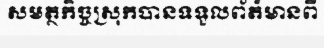
សមត្ថកិច្ចស្រុកបានទទួលព័ត៍មានពី